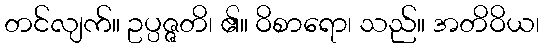
တင်လျက်။ ဥပ္ပဇ္ဇတိ၊ ၏။ ဝိစာရော၊ သည်။ အတိဝိယ၊